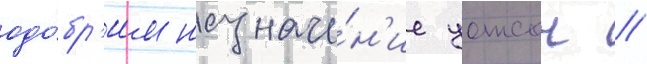
одо́бр'ил назначе́н'ие уотсон //